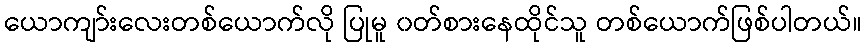
ယောကျာ်းလေးတစ်ယောက်လို ပြုမူ ၀တ်စားနေထိုင်သူ တစ်ယောက်ဖြစ်ပါတယ်။